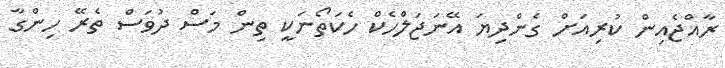
ރާއްޖެއިން ކުރިއަށް ގެންދިޔަ އޭނަޖަލްހެކް ހެކަތޯނަކީ ތިން މަސް ދުވަސް ތެރޭ ހިންގާ